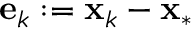
\mathbf { e } _ { k } : = \mathbf { x } _ { k } - \mathbf { x } _ { * }